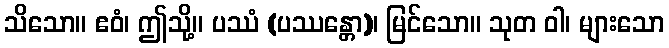
သိသော။ ဧဝံ၊ ဤသို့။ ပဿံ (ပဿန္တော)၊ မြင်သော။ သုတ ဝါ၊ များသော